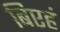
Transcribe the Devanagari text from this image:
बिएहं